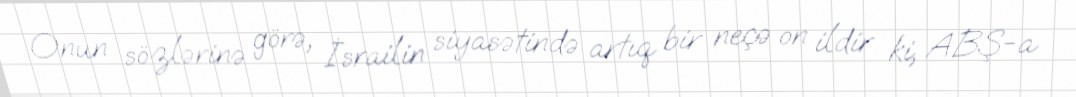
Onun sözlərinə görə, İsrailin siyasətində artıq bir neçə on ildir ki, ABŞ-a